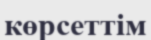
көрсеттім